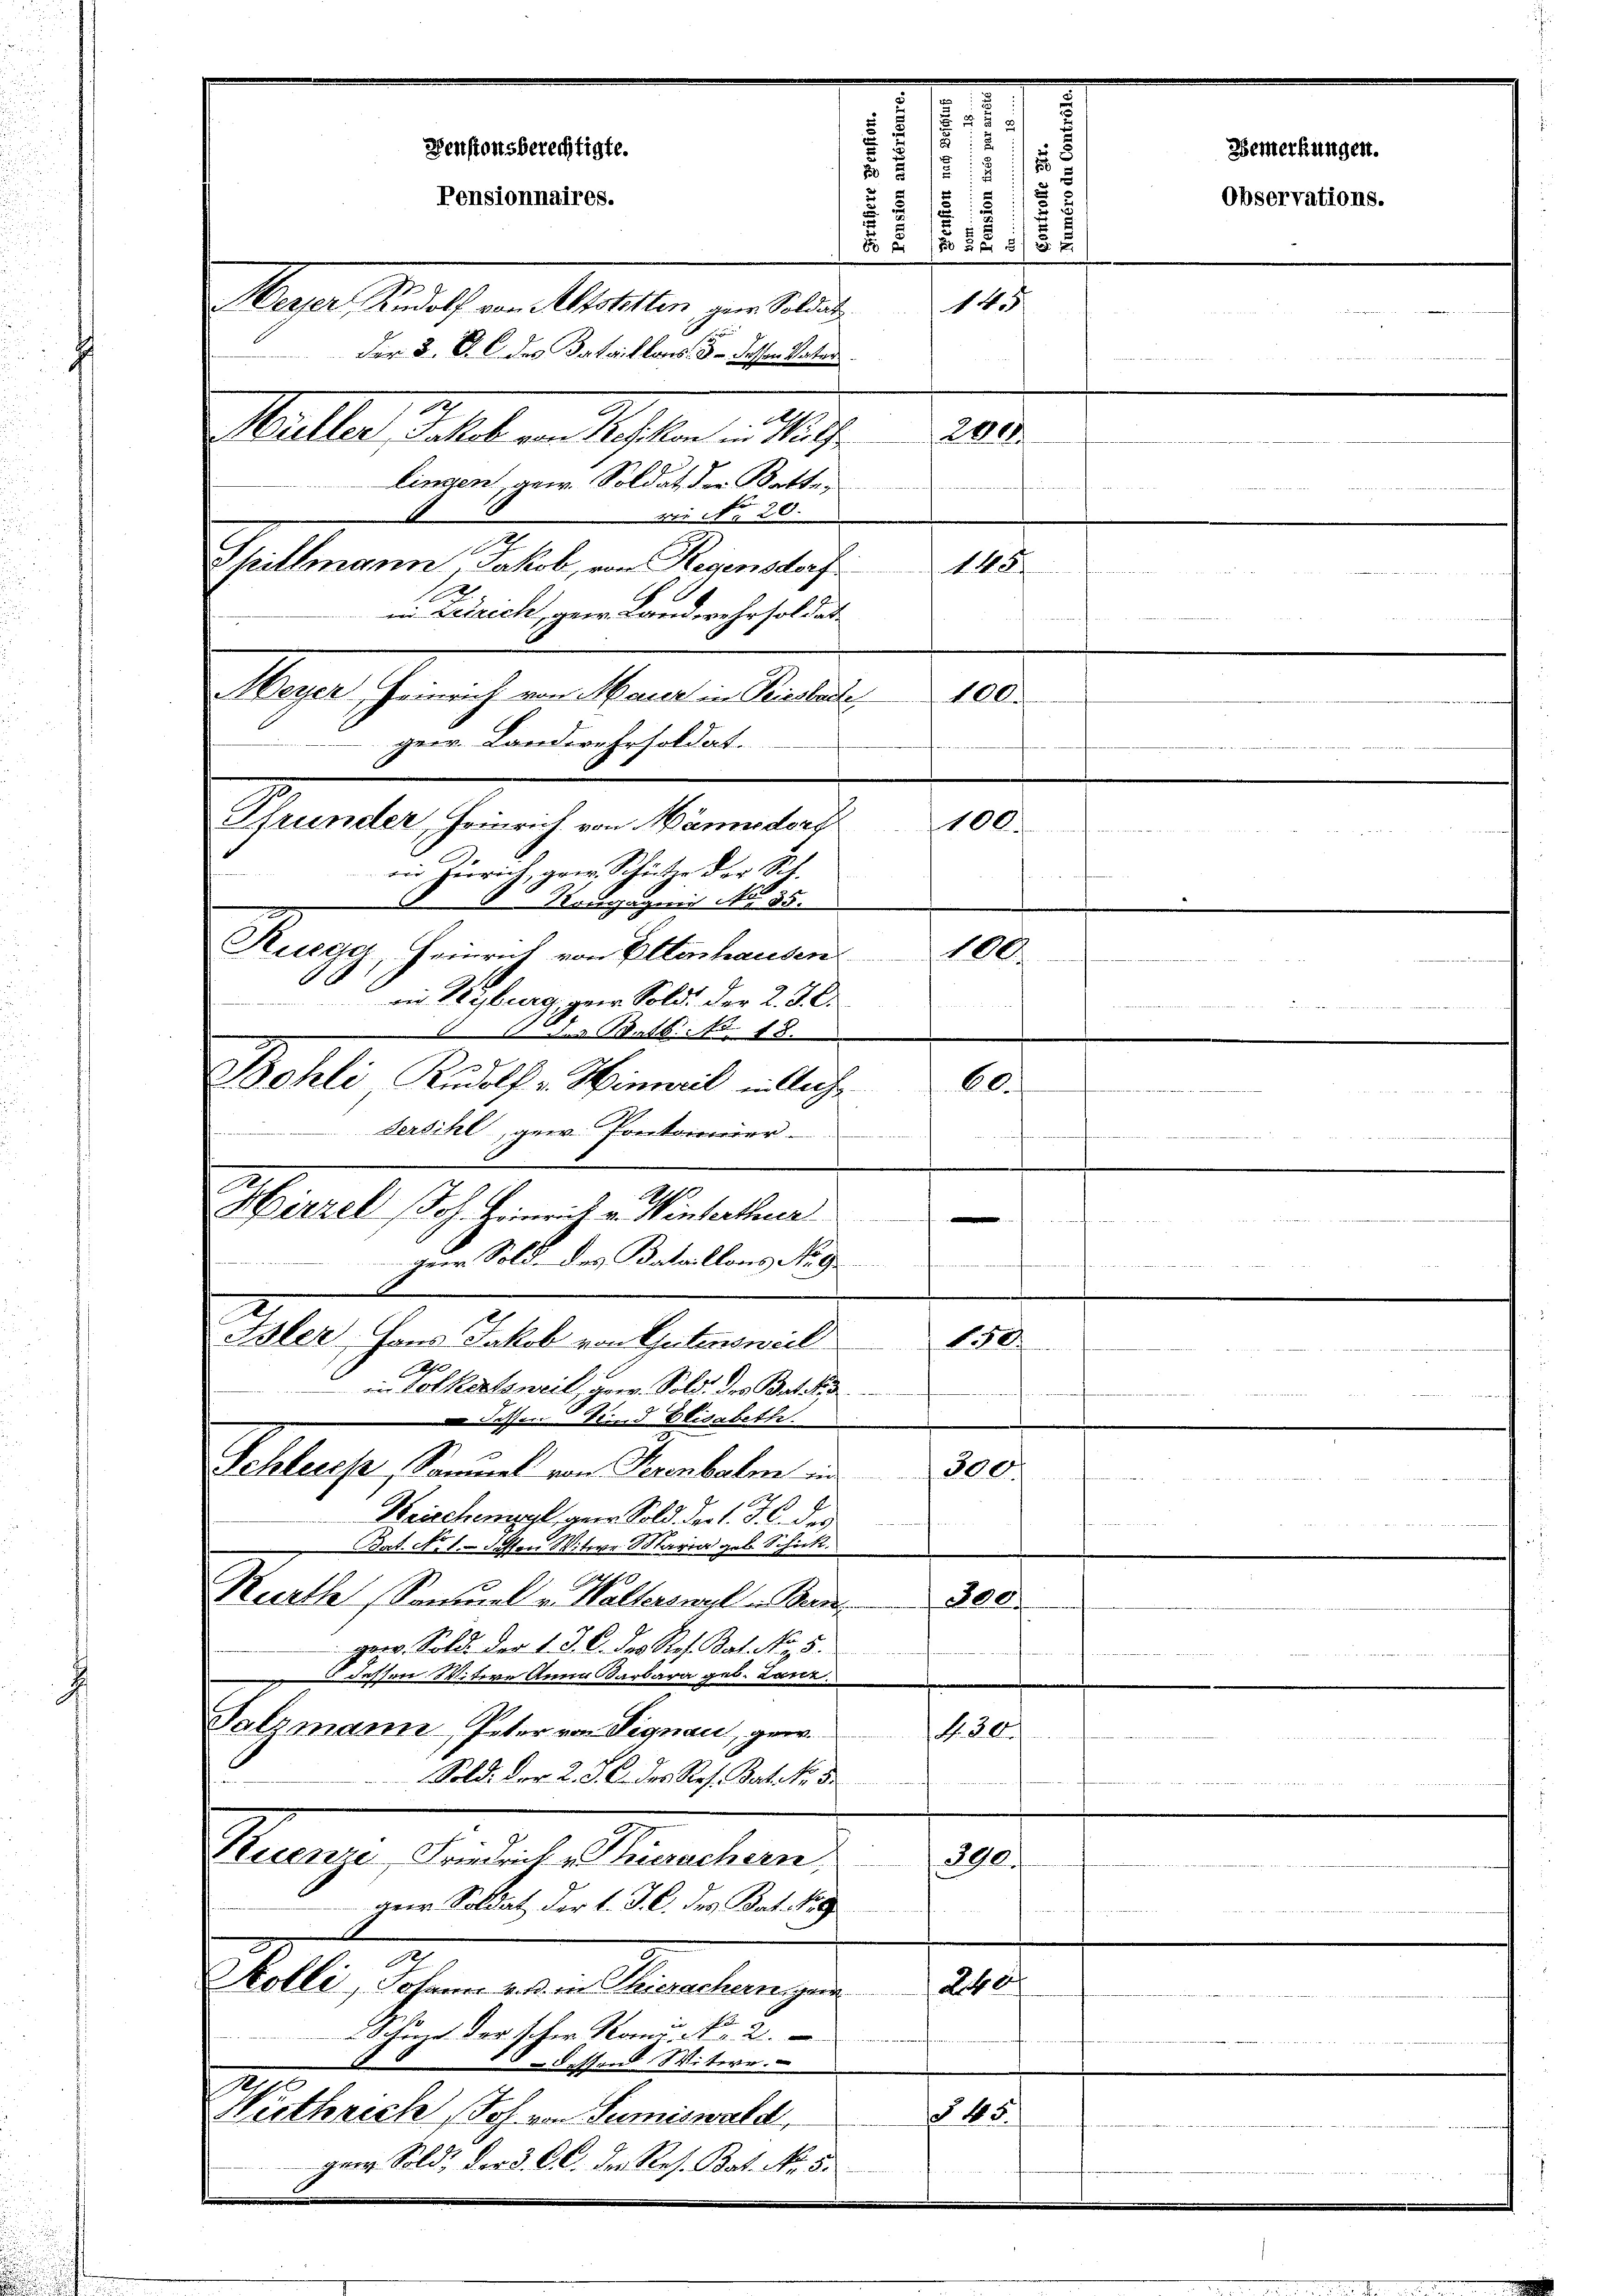
.

300.
gew. Soldi der 1. J. C. des Ret. Bat. No. 5.
dessen Witwe Anna Barbara geb. Lane
Salzmann, Peter von Signau, gew
N. el.
Sold. der 2. J. C. des Res. Bat. No. 3.
Suenze Friedrich zuerschern,
390.
ger Soldat der l. J. C. des Bat. Nic
.
Ahl
Scolli, Johann aus in Thierachern geri
20. höre der scher Komu. Nr. 2.
Festen Witer
§ 45
Huthrech Joh. von Sumiswald
ger Sold, der 3. C. C. der Res. Bat. No. 5.

/
x
Pensionsberechtigte.
d
Pensionnaires.
2

145.
Mater Staat ein Statten zur
der 2. S. 6 des Bataillons, 15 dessen Vater
Maller Zeit von Meisten entliche
280
lingen, gew. Soldat der Batte,
 No 20.
Spillmann, Jakob, von Regensdorf
e nicht der Mutter 4.
in Zürich, zur Landwehrsoldat
B
n
e
Meyer, Heinrich von Maur in Prieslade
100.
ger. Landerehrsoldat.
 4
in Zürich, ganz, Schütze der B.
gagmeis No 35.
Ruegg, Heinrich von Ottenhausen.
100.
in Kyburg, zur Sold. Der 2. 3. C.
u
des Watt No. 18.
Bohli, Rudolf v. Hinweil in Auss
bl.
Versihl, gew. Pontoirier

Ao. 1
Hirzel (Joh. Heinrich v. Winterthur

Herr Sold. des Bataillons No 9
a
Bsler, Hans Jakob von Gutensweil
110
in Volketsweil, gew. Sold. des Backp
Fessen Sind Elisabeth
Schleres, Sammel von Serenbalm in
300
 L Art. 12
Krischempel, Herr Sold. Der l. J. C. des
Bat. No. 1. dessen Witwe Maria geb. Schick.
Kurthe Samuel v. Waltersweil Bern

Pfrunder, Heinrich von Männedorf 100

140f

85
x
d
17

Bemerkungen.

Observations.